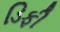
ડિફી